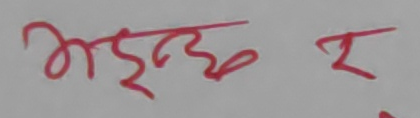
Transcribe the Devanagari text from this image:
आइन्छ र